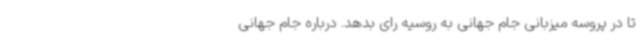
تا در پروسه میزبانی جام جهانی به روسیه رای بدهد. درباره جام جهانی